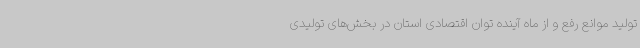
تولید موانع رفع و از ماه آینده توان اقتصادی استان در بخش‌های تولیدی